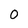
Character: 0